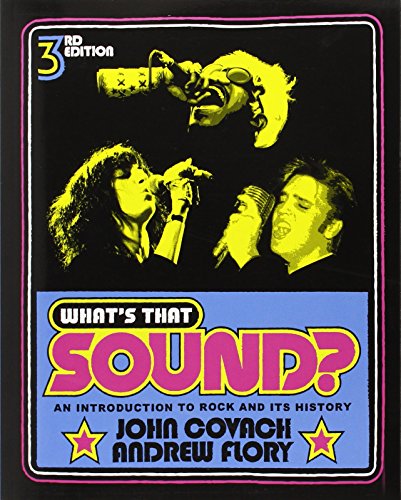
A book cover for What's That Sound?: An Introduction to Rock and Its History (Third Edition); John Covach; Humor & Entertainment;